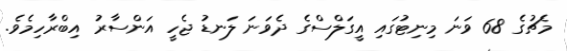
މެޗުގެ 68 ވަނަ މިނިޓުގައި އީގަލްސްގެ ދެވަނަ ލަނޑު ޖެހީ އަންސާރު އިބްރާހިމެވެ.